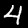
Digit: 4